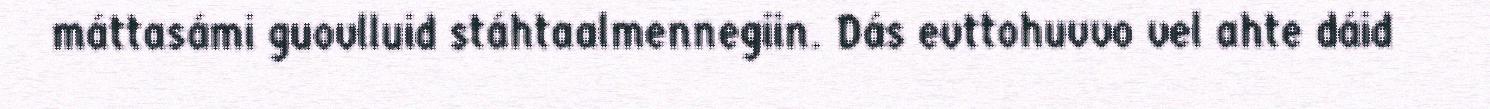
máttasámi guovlluid stáhtaalmennegiin. Dás evttohuvvo vel ahte dáid